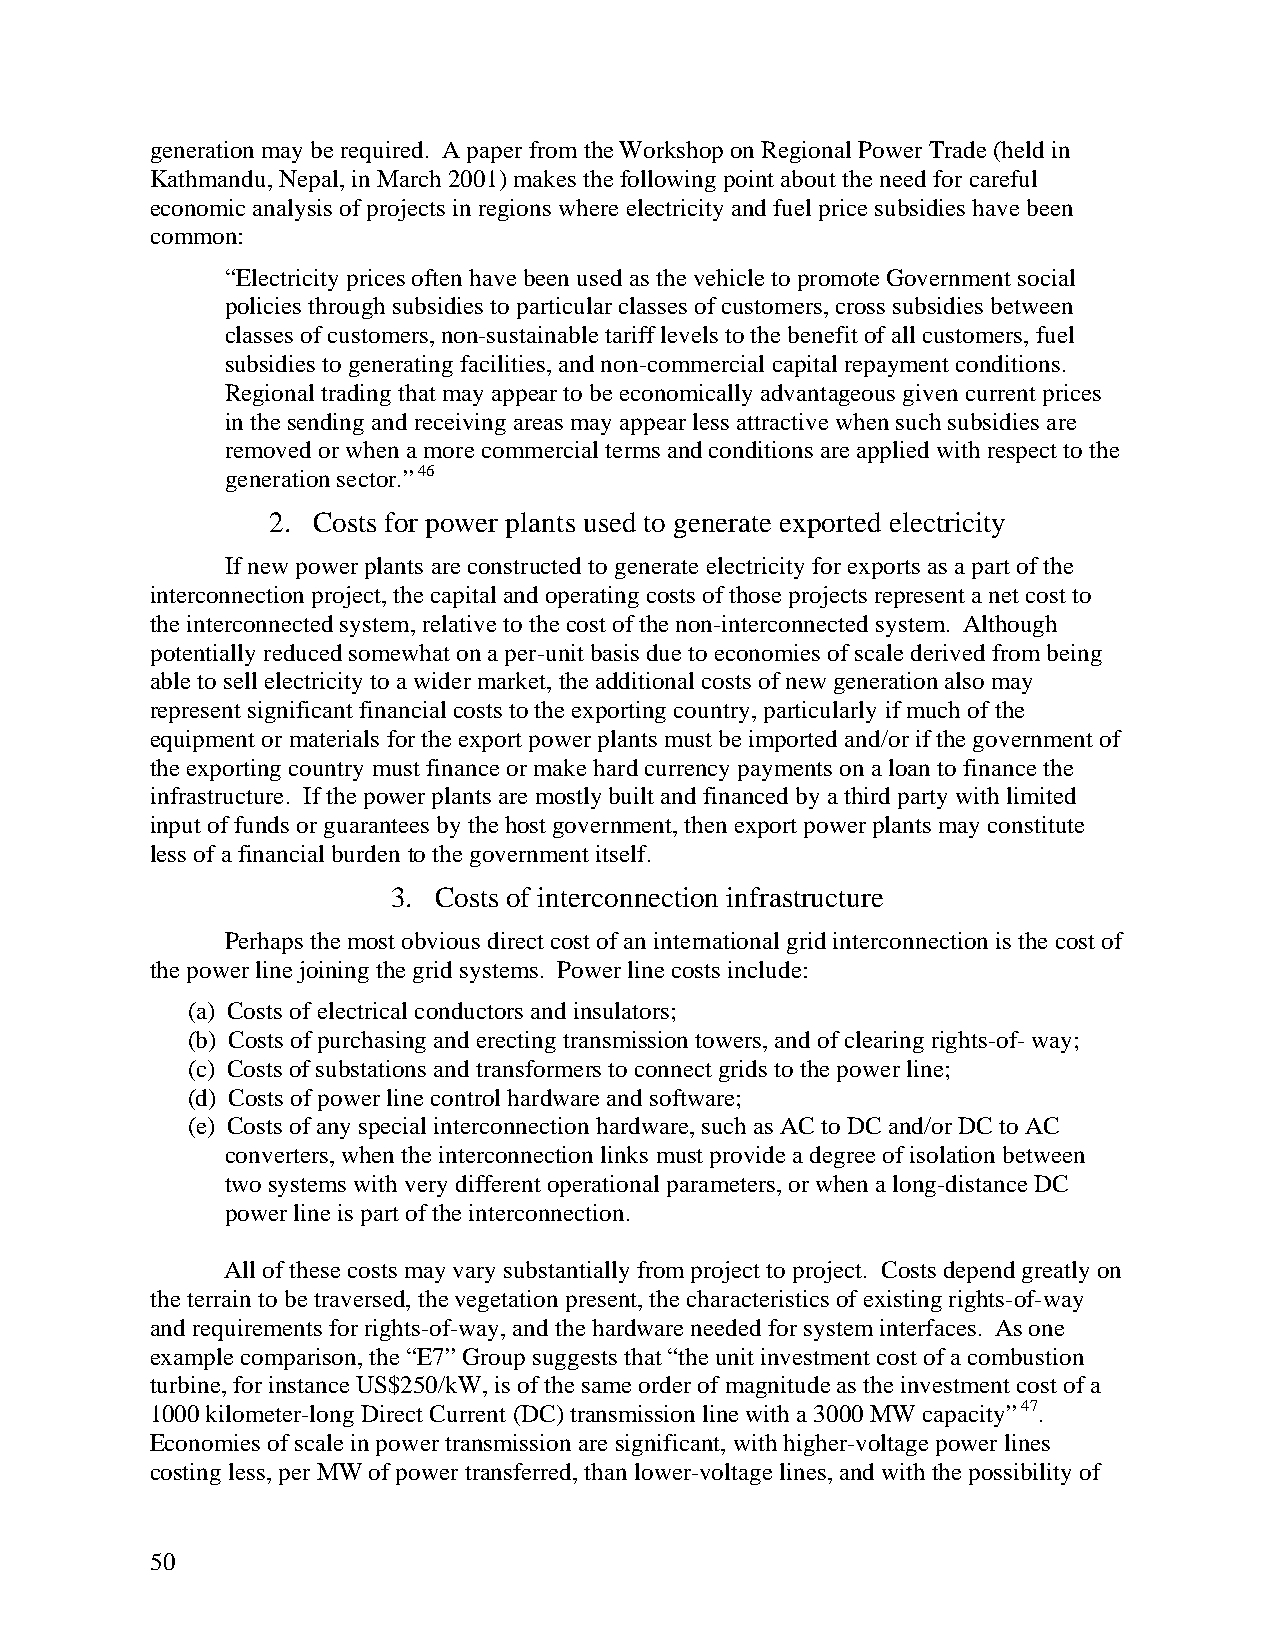
generation may be required. A paper from the Workshop on Regional Power Trade (held in
 Kathmandu, Nepal, in March 2001) makes the following point about the need for careful
 economic analysis of projects in regions where electricity and fuel price subsidies have been
 common:
 “Electricity prices often have been used as the vehicle to promote Government social
 policies through subsidies to particular classes of customers, cross subsidies between
 classes of customers, non-sustainable tariff levels to the benefit of all customers, fuel
 subsidies to generating facilities, and non-commercial capital repayment conditions.
 Regional trading that may appear to be economically advantageous given current prices
 in the sending and receiving areas may appear less attractive when such subsidies are
 removed or when a more commercial terms and conditions are applied with respect to the
 generation sector.” 46
 2. Costs for power plants used to generate exported electricity
 If new power plants are constructed to generate electricity for exports as a part of the
 interconnection project, the capital and operating costs of those projects represent a net cost to
 the interconnected system, relative to the cost of the non-interconnected system. Although
 potentially reduced somewhat on a per-unit basis due to economies of scale derived from being
 able to sell electricity to a wider market, the additional costs of new generation also may
 represent significant financial costs to the exporting country, particularly if much of the
 equipment or materials for the export power plants must be imported and/or if the government of
 the exporting country must finance or make hard currency payments on a loan to finance the
 infrastructure. If the power plants are mostly built and financed by a third party with limited
 input of funds or guarantees by the host government, then export power plants may constitute
 less of a financial burden to the government itself.
 3. Costs of interconnection infrastructure
 Perhaps the most obvious direct cost of an international grid interconnection is the cost of
 the power line joining the grid systems. Power line costs include:
 (a) Costs of electrical conductors and insulators;
 (b) Costs of purchasing and erecting transmission towers, and of clearing rights-of- way;
 (c) Costs of substations and transformers to connect grids to the power line;
 (d) Costs of power line control hardware and software;
 (e) Costs of any special interconnection hardware, such as AC to DC and/or DC to AC
 converters, when the interconnection links must provide a degree of isolation between
 two systems with very different operational parameters, or when a long-distance DC
 power line is part of the interconnection.
 All of these costs may vary substantially from project to project. Costs depend greatly on
 the terrain to be traversed, the vegetation present, the characteristics of existing rights-of-way
 and requirements for rights-of-way, and the hardware needed for system interfaces. As one
 example comparison, the “E7” Group suggests that “the unit investment cost of a combustion
 turbine, for instance US$250/kW, is of the same order of magnitude as the investment cost of a
 1000 kilometer-long Direct Current (DC) transmission line with a 3000 MW capacity” 47.
 Economies of scale in power transmission are significant, with higher-voltage power lines
 costing less, per MW of power transferred, than lower-voltage lines, and with the possibility of
 50